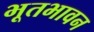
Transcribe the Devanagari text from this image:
भूतभावन